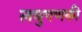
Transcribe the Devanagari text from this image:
लघुगणकी